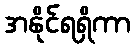
အနိုင်ရရှိကာ